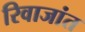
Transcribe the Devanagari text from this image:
रिवाजांत